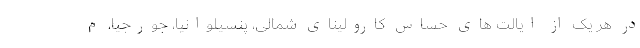
در هر یک از ایالت های حساس کارولینای شمالی، پنسیلوانیا، جورجیا، م